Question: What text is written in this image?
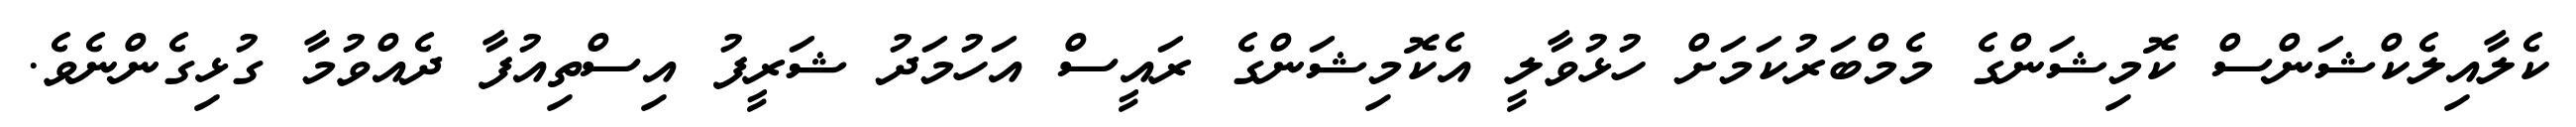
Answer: ކެލާއިލެކްޝަންސް ކޮމިޝަންގެ މެމްބަރުކަމަށް ހުޅުވާލީ އެކޮމިޝަންގެ ރައީސް އަހުމަދު ޝަރީފު އިސްތިއުފާ ދެއްވުމާ ގުޅިގެންނެވެ.